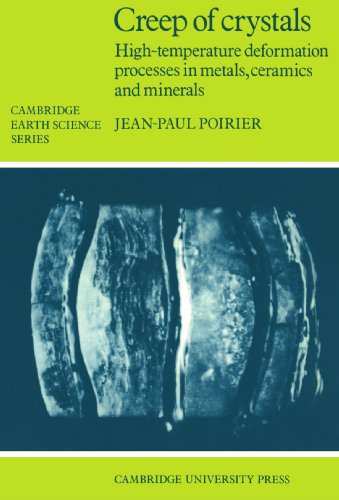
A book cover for Creep of Crystals: High-Temperature Deformation Processes in Metals, Ceramics and Minerals (Cambridge Earth Science Series); Jean-Paul Poirier; Science & Math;